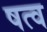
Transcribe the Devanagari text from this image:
षत्व